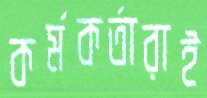
কর্মকর্তারাই